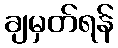
ချမှတ်ရန်